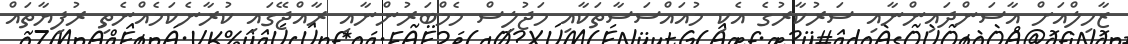
ޒާހިލްއަށް އާސަންދައިންނާއި ސަރުކާރުގެ އެކި މުއައްސަސާތަކާއި މަޖުލިސް މެމްބަރުންނާއި ރާއްޖޭގައި ކުރާނެކަމެއްނެތި ރުފިޔާތައް